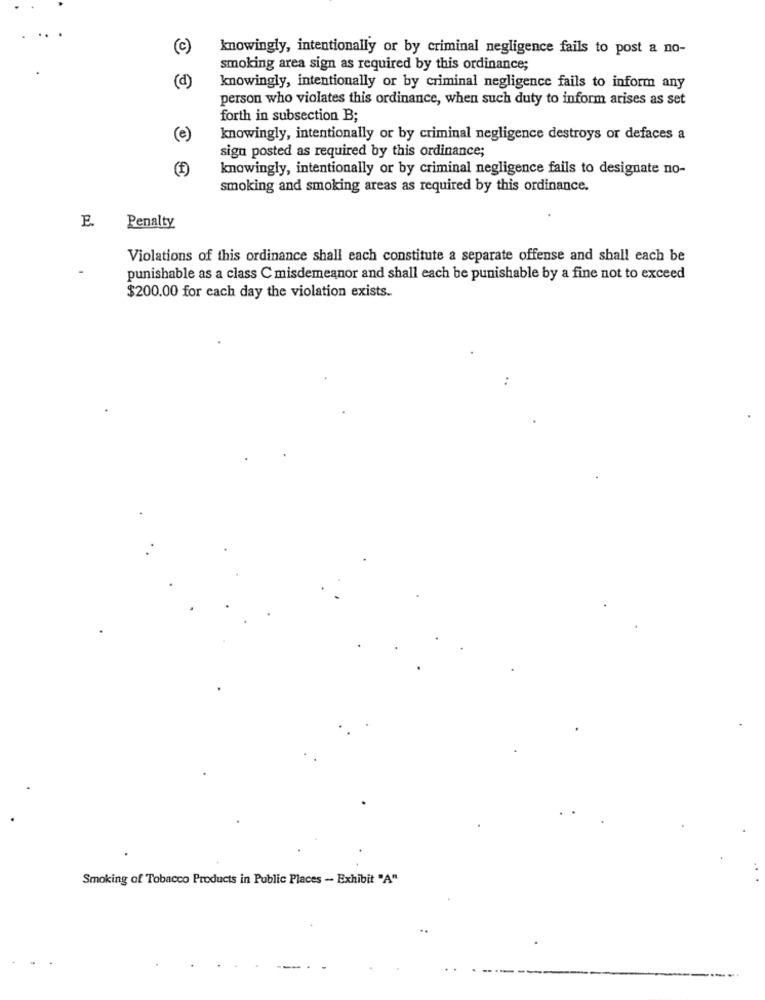
(c)
knowingly, intentionally or by criminal negligence fails to post a no-
smoking area sign as required by this ordinance;
(d)
knowingly, intentionally or by criminal negligence fails to inform any
person who violates this ordinance, when such duty to inform arises as set
forth in subsection B;
(e)
knowingly, intentionally or by criminal negligence destroys or defaces a
sign posted as required by this ordinance;
(f)
knowingly, intentionally or by criminal negligence fails to designate no-
smoking and smoking areas as required by this ordinance.
E.
Penalty
Violations of this ordinance shall each constitute a separate offense and shall each be
punishable as a class C misdemeanor and shall each be punishable by a fine not to exceed
$200.00 for each day the violation exists.
..
Smoking of Tobacco Products in Public Places - Exhibit "A"
--